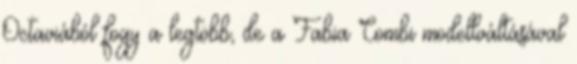
Octaviából fogy a legtöbb, de a Fabia Combi modellváltásával